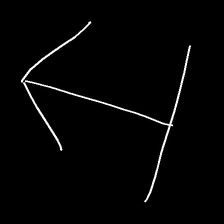
Glyph: levitation